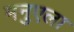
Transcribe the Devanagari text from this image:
मनुएला